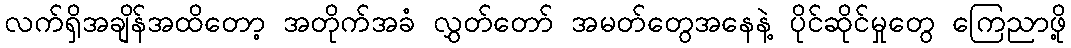
လက်ရှိအချိန်အထိတော့ အတိုက်အခံ လွှတ်တော် အမတ်တွေအနေနဲ့ ပိုင်ဆိုင်မှုတွေ ကြေညာဖို့